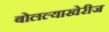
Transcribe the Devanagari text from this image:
बोलल्याखेरीज